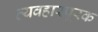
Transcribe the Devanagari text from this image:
व्यवहारपूरक